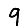
Digit: 9